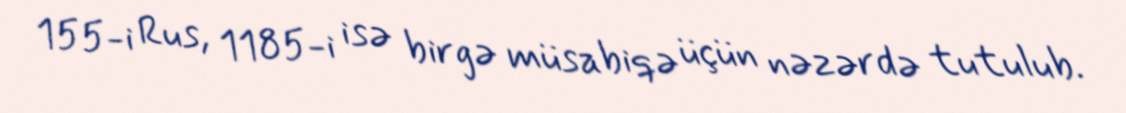
155-i Rus, 1185-i isə birgə müsabiqə üçün nəzərdə tutulub.